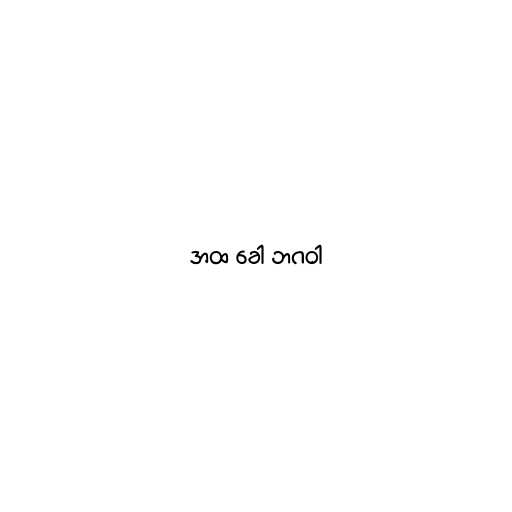
အထ ခေါ ဘဂဝါ